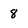
Character: 8